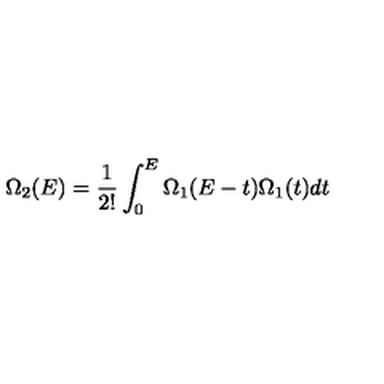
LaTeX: \Omega _ { 2 } ( E ) = \frac { 1 } { 2 ! } \int _ { 0 } ^ { E } \Omega _ { 1 } ( E - t ) \Omega _ { 1 } ( t ) d t